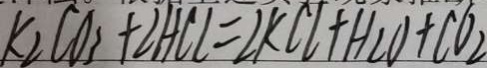
k _ { 2 } C O _ { 3 } + \angle H C l = 2 K C l + H _ { 2 } O + C O _ { 2 }